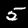
Digit: 5